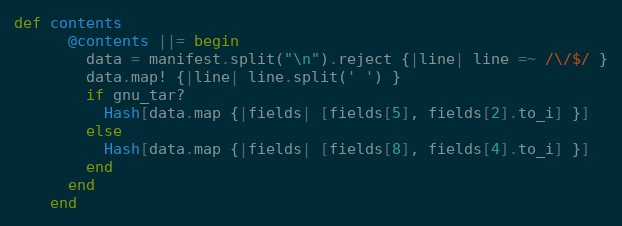
Language: Ruby
def contents
      @contents ||= begin
        data = manifest.split("\n").reject {|line| line =~ /\/$/ }
        data.map! {|line| line.split(' ') }
        if gnu_tar?
          Hash[data.map {|fields| [fields[5], fields[2].to_i] }]
        else
          Hash[data.map {|fields| [fields[8], fields[4].to_i] }]
        end
      end
    end